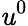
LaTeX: \mathit{u}^{0}